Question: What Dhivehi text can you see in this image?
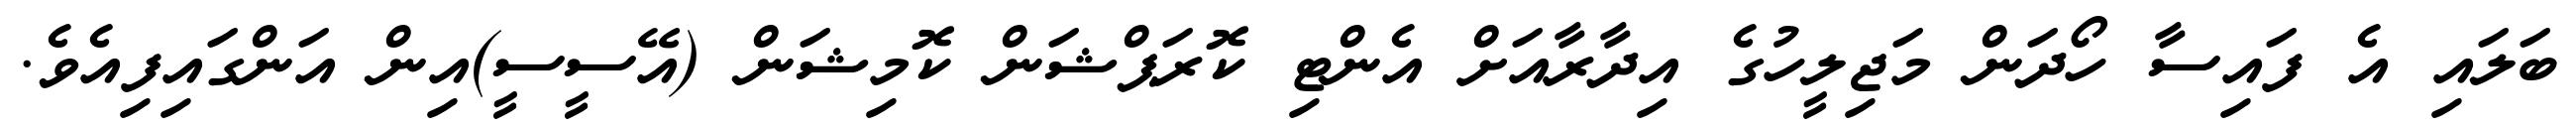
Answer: ބަލައި އެ ފައިސާ ހޯދަން މަޖިލީހުގެ އިދާރާއަށް އެންޓި ކޮރަޕްޝަން ކޮމިޝަން (އޭސީސީ)އިން އަންގައިފިއެވެ.